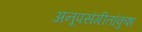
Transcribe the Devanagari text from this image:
अनूपसंगीतांकुश